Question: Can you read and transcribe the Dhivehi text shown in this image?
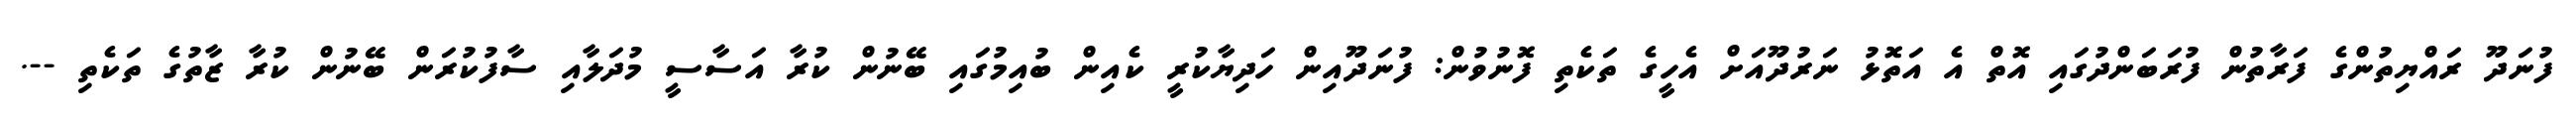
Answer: ފުނަދޫ ރައްޔިތުންގެ ފަރާތުން ފުރަބަންދުގައި އޮތް އެ އަތޮޅު ނަރުދޫއަށް އެހީގެ ތަކެތި ފޮނުވުން: ފުނަދޫއިން ހަދިޔާކުރީ ކެއިން ބުއިމުގައި ބޭނުން ކުރާ އަސާސީ މުދަލާއި ސާފުކުރަން ބޭނުން ކުރާ ޒާތުގެ ތަކެތި --.